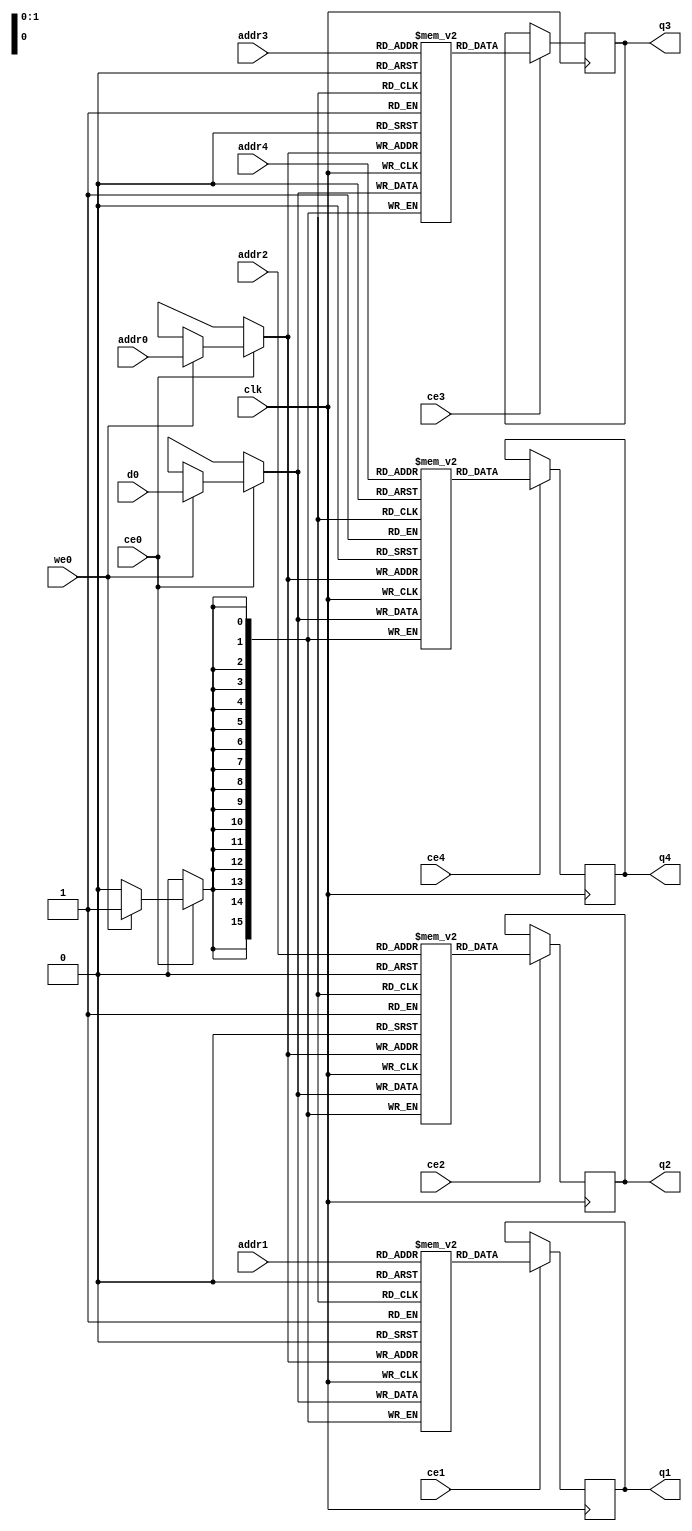
`define EXPONENT 5
`define MANTISSA 10
`define ACTUAL_MANTISSA 11
`define EXPONENT_LSB 10
`define EXPONENT_MSB 14
`define MANTISSA_LSB 0
`define MANTISSA_MSB 9
`define MANTISSA_MUL_SPLIT_LSB 3
`define MANTISSA_MUL_SPLIT_MSB 9
`define SIGN 1
`define SIGN_LOC 15
`define DWIDTH (`SIGN+`EXPONENT+`MANTISSA)
`define IEEE_COMPLIANCE 1

module td_fused_top_td_fused_axi_in_p_ram (addr0, ce0, d0, we0, addr1, ce1, q1, addr2, ce2, q2, addr3, ce3, q3, addr4, ce4, q4,  clk);

parameter DWIDTH = 16;
parameter AWIDTH = 2;
parameter MEM_SIZE = 4;

input[AWIDTH-1:0] addr0;
input ce0;
input[DWIDTH-1:0] d0;
input we0;
input[AWIDTH-1:0] addr1;
input ce1;
output reg[DWIDTH-1:0] q1;
input[AWIDTH-1:0] addr2;
input ce2;
output reg[DWIDTH-1:0] q2;
input[AWIDTH-1:0] addr3;
input ce3;
output reg[DWIDTH-1:0] q3;
input[AWIDTH-1:0] addr4;
input ce4;
output reg[DWIDTH-1:0] q4;
input clk;

reg [DWIDTH-1:0] ram0[MEM_SIZE-1:0];
reg [DWIDTH-1:0] ram1[MEM_SIZE-1:0];
reg [DWIDTH-1:0] ram2[MEM_SIZE-1:0];
reg [DWIDTH-1:0] ram3[MEM_SIZE-1:0];



always @(posedge clk)  
begin 
    if (ce0) begin
        if (we0) 
            ram0[addr0] <= d0; 
    end
end


always @(posedge clk)  
begin 
    if (ce1) begin
        q1 <= ram0[addr1];
    end
end


always @(posedge clk)  
begin 
    if (ce0) begin
        if (we0) 
            ram1[addr0] <= d0; 
    end
end

always @(posedge clk)  
begin 
    if (ce2) begin
        q2 <= ram1[addr2];
    end
end


always @(posedge clk)  
begin 
    if (ce0) begin
        if (we0) 
            ram2[addr0] <= d0; 
    end
end

always @(posedge clk)  
begin 
    if (ce3) begin
        q3 <= ram2[addr3];
    end
end


always @(posedge clk)  
begin 
    if (ce0) begin
        if (we0) 
            ram3[addr0] <= d0; 
    end
end

always @(posedge clk)  
begin 
    if (ce4) begin
        q4 <= ram3[addr4];
    end
end


endmodule